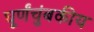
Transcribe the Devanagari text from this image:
घूर्णंचुंबकीय